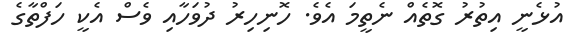
އުޅެނީ އިތުރު ގޮތެއް ނެތީމަ އެވެ. ހޮނިހިރު ދުވަހާއި ވެސް އެކީ ހަފްތާގެ